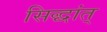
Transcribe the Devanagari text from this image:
सिद्धांत्‌